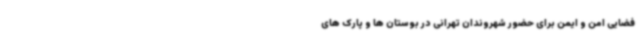
فضایی امن و ایمن برای حضور شهروندان تهرانی در بوستان ها و پارک های